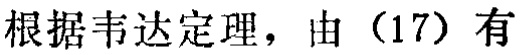
根据韦达定理，由（17）有